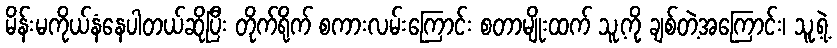
မိန်းမကိုယ်နံနေပါတယ်ဆိုပြီး တိုက်ရိုက် စကားလမ်းကြောင်း စတာမျိုးထက် သူ့ကို ချစ်တဲ့အကြောင်း၊ သူ့ရဲ့